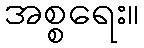
အစ္စရေး။